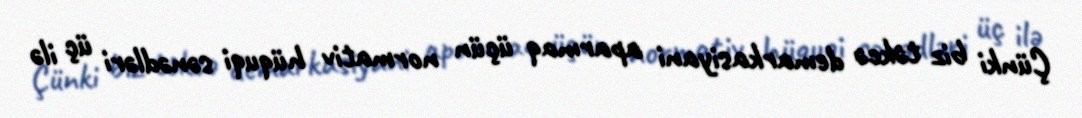
Çünki biz təkcə demarkasiyani aparmaq üçün normativ hüquqi sənədləri üç ilə